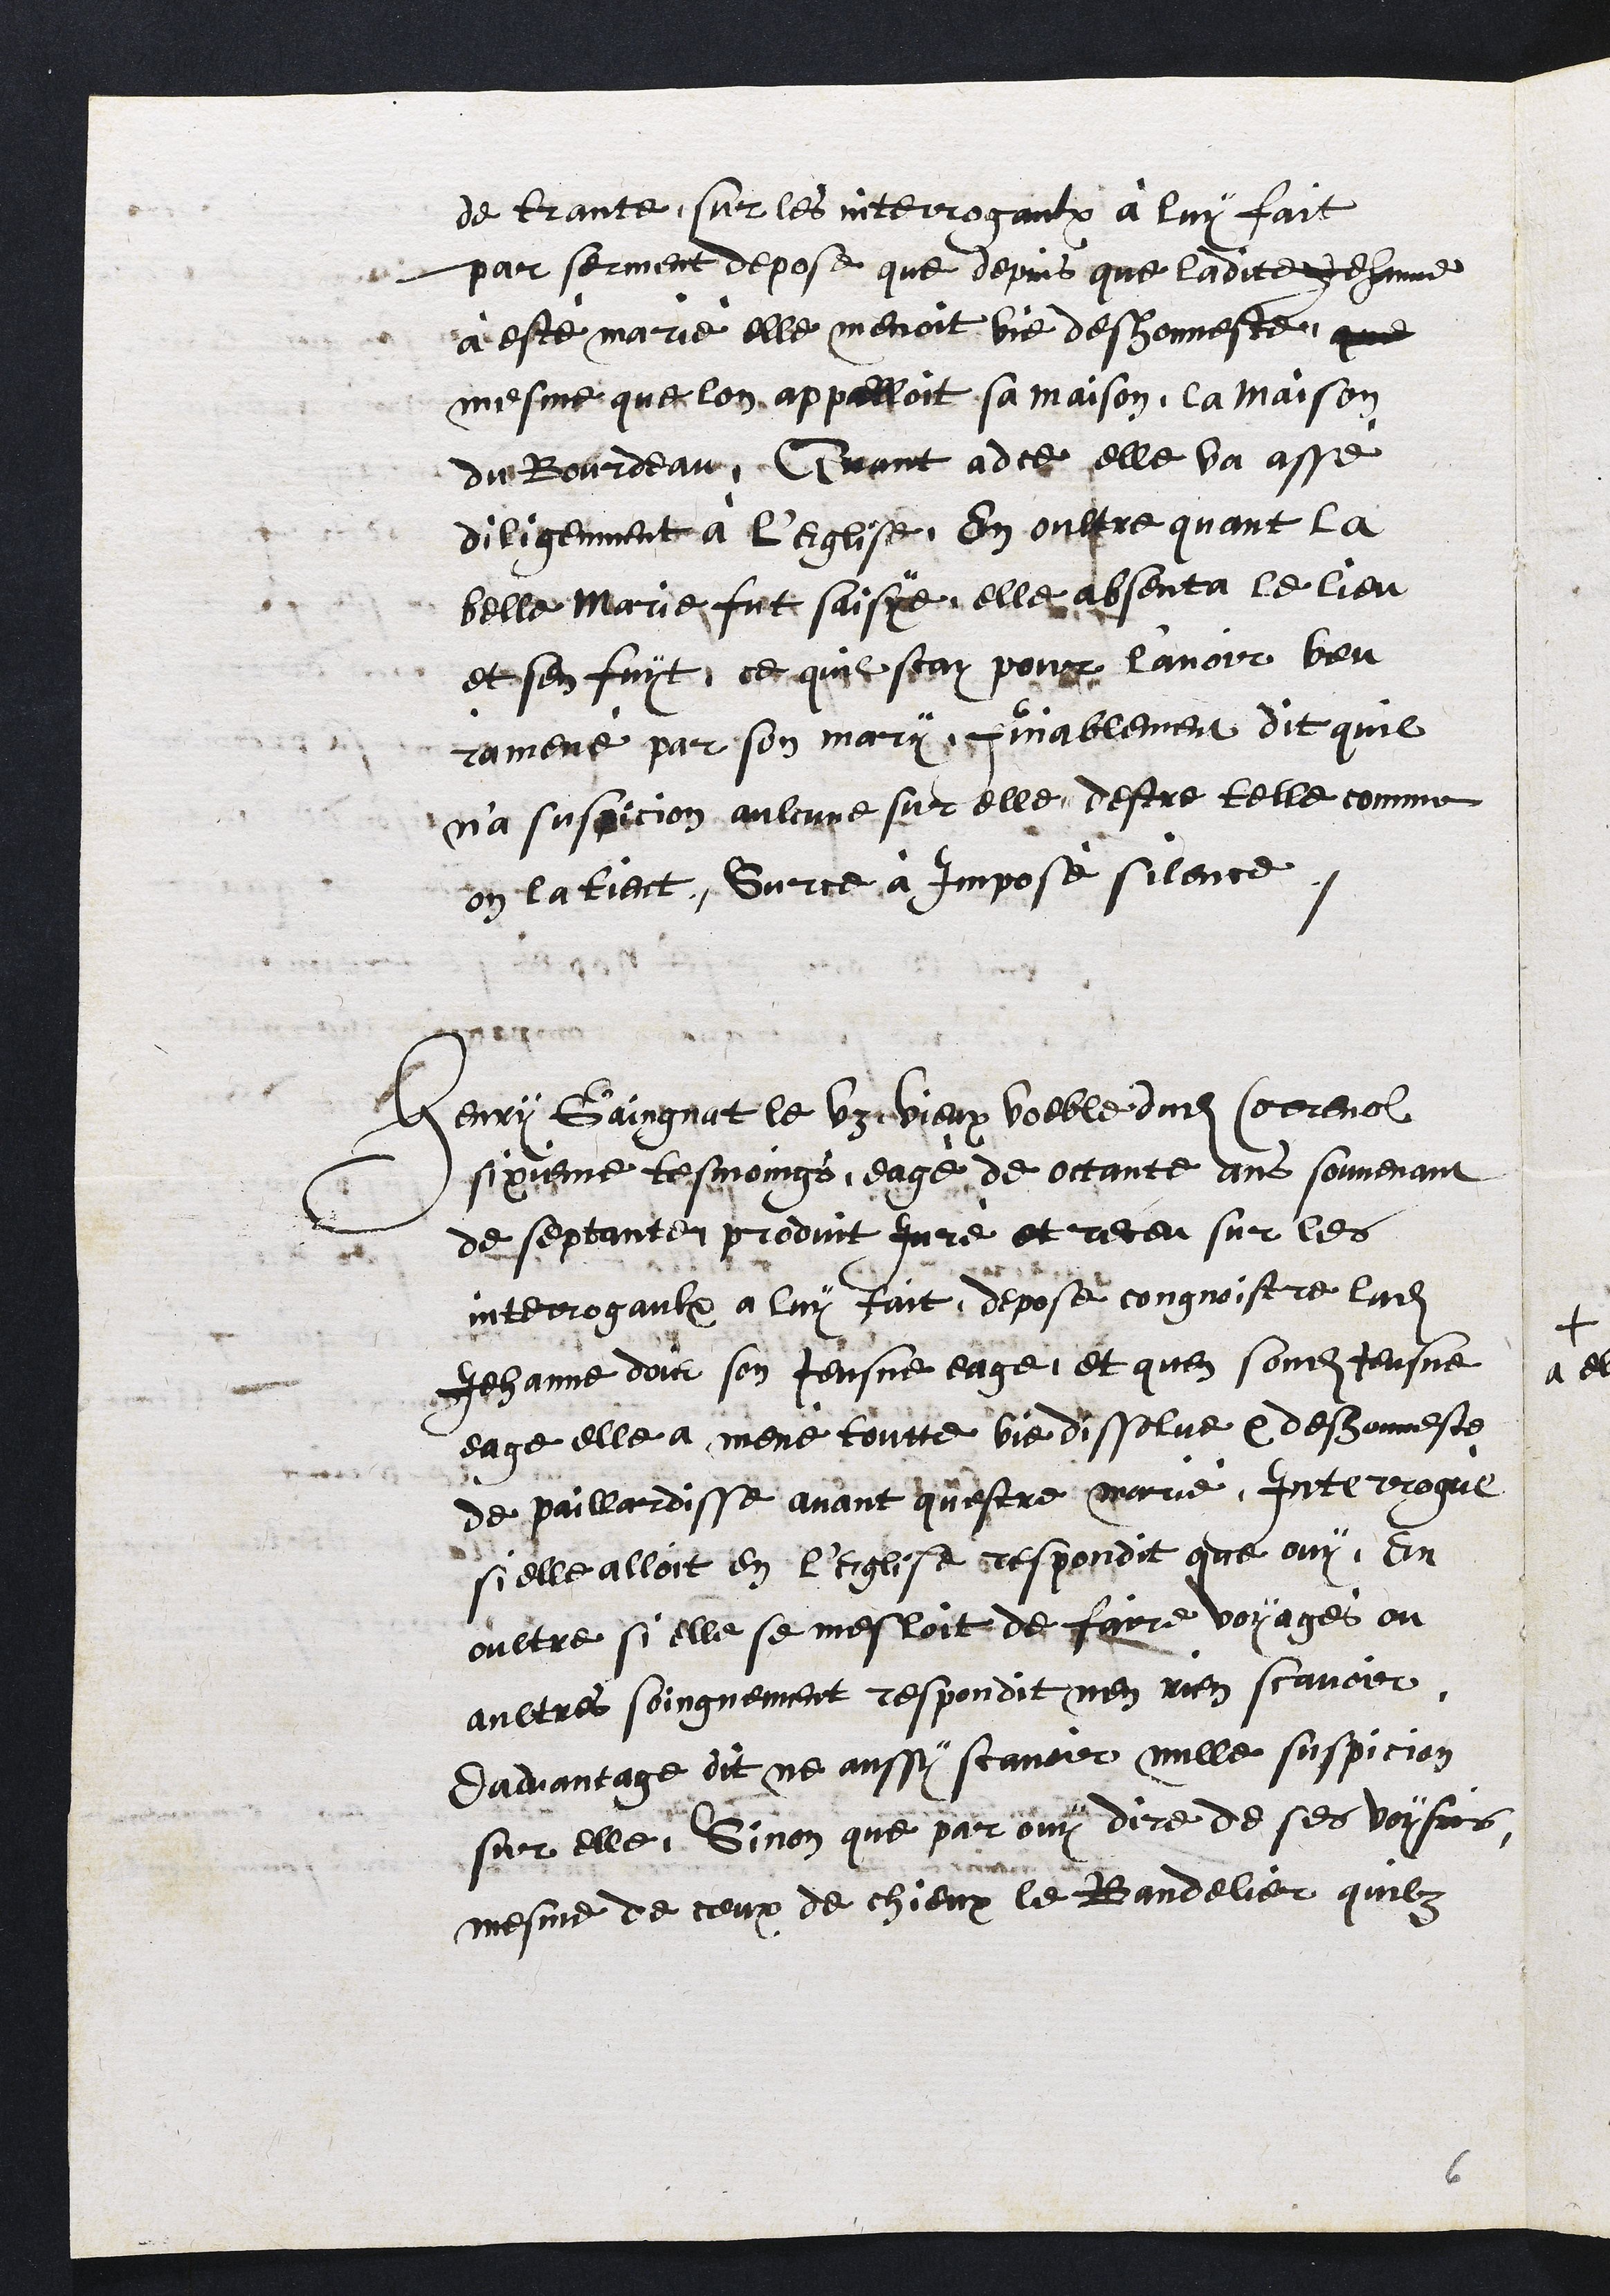
de trante, sur les interrogaulx à luy fait
par serment depose que depuis que ladite Jehanne
à este marie elle menoit bie deshonneste, que
mesme que lon appelloit sa maison, la maison
du Bourdeau, Quant adce elle va asse
diligemment à l'Eglise, en oultre quant la
belle Marie fut saispe elle absenta le lieu
et sen fuit, ce quil scay pour lavoir beu
ramené par son mary, cinablement dit quil
n'a suspicion aulcune sur elle, destre telle comme
on la tient. Sur ce a imposé silence.
Henry Gaingnat le vy hieux voeble dudit Correnol
sixieme tesmoings, eage de octante ans souvenant
de septanten produit Juré et receu sur les
interrogaulx à luy fait, depose congnoistre ladite
Jehanne doir son Jeusne eagé, et quen sondit Jeusne
eage elle a mene toutte vie disselve et deshonneste
de paillardisse avant questre marie. Interrogué
si elle alloit en l'Eglise rrespondit que ouy en
oultre si elle se mesloit de faire voyages ou
aultres soingnement respondit nen rien scavoir
Dadvantage dit ne aussy scavoir mille suspicion
sur elle, Sinon que par ouy dire de ses voysins
mesme de ceux de chieux le Bandelier quilz

6